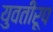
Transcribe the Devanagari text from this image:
युवतीरूप